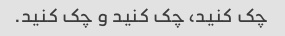
چک کنید، چک کنید و چک کنید.